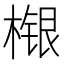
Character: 𣘴